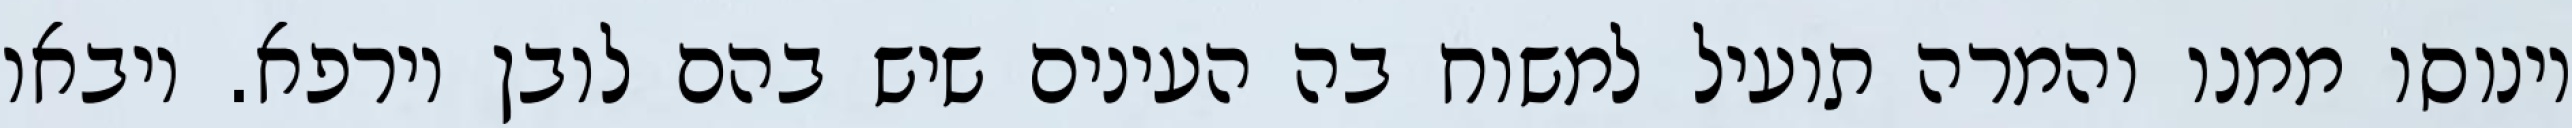
וינוסו ממנו והמרה תועיל למשוח בה העינים שיש בהם לובן וירפא. ויבאו